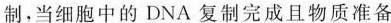
制，当细胞中的DNA复制完成且物质准备